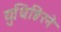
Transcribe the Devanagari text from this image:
युधिष्ठिरने